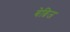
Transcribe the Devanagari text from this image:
बेब्रिज